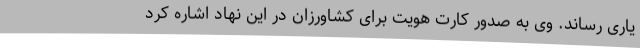
یاری رساند. وی به صدور کارت هویت برای کشاورزان در این نهاد اشاره کرد